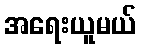
အရေးယူမယ်